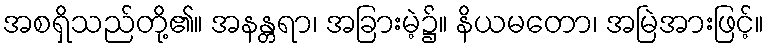
အစရှိသည်တို့၏။ အနန္တရာ၊ အခြားမဲ့၌။ နိယမတော၊ အမြဲအားဖြင့်။